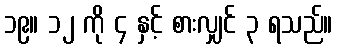
၁၉။ ၁၂ ကို ၄ နှင့် စားလျှင် ၃ ရသည်။